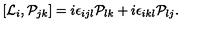
[ { \cal L } _ { i } , { \cal P } _ { j k } ] = i { \epsilon } _ { i j l } { \cal P } _ { l k } + i { \epsilon } _ { i k l } { \cal P } _ { l j } .